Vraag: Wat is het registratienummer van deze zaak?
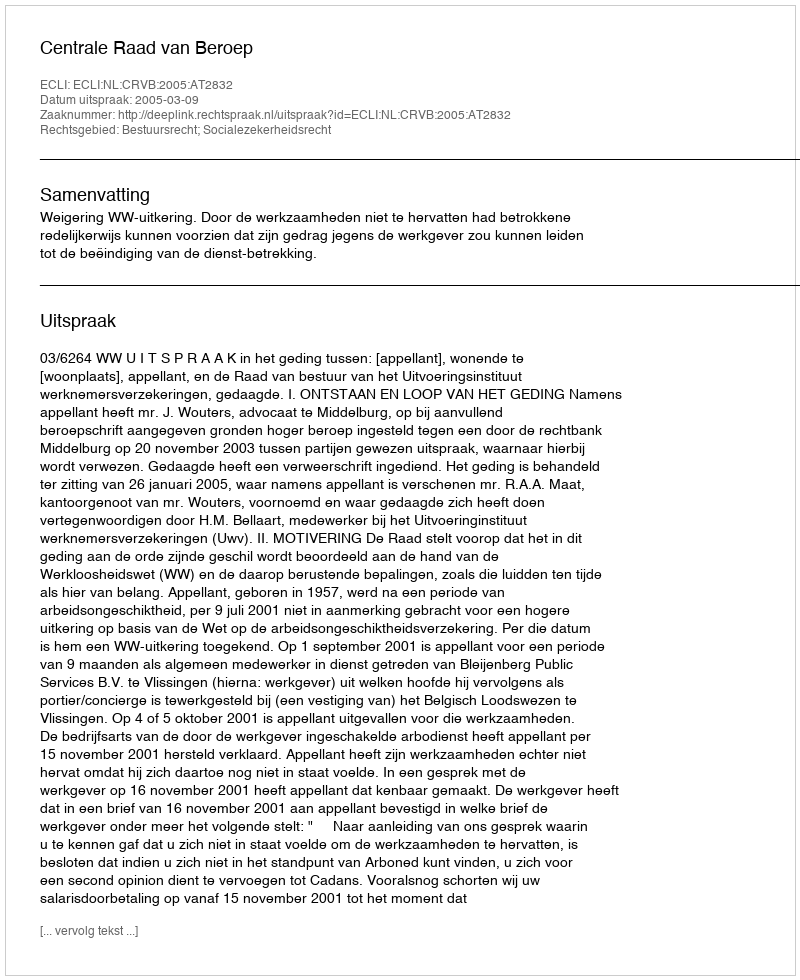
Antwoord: http://deeplink.rechtspraak.nl/uitspraak?id=ECLI:NL:CRVB:2005:AT2832